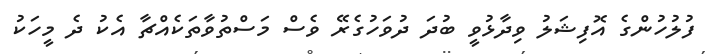
ފުލުހުންގެ އޮފިޝަލު ވިދާޅުވީ ބުދަ ދުވަހުގެރޭ ވެސް މަސްތުވާތަކެއްޗާ އެކު ދެ މީހަކު